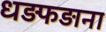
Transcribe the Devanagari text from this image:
धड़फड़ाना